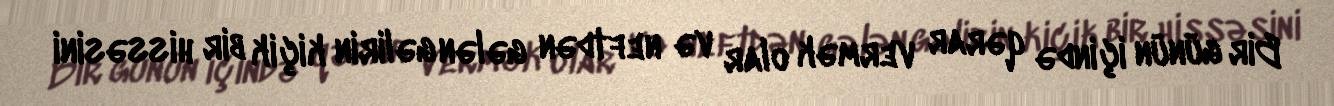
Bir günün içində qərar vermək olar və neftdən gələn gəlirin kiçik bir hissəsini